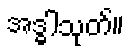
အဒ္ဓါသုတ်။